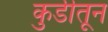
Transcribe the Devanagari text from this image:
कुडीतून